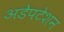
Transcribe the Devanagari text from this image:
अडेपटेशन